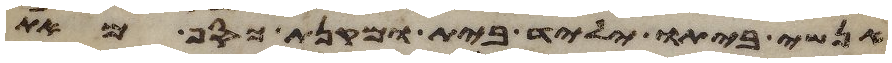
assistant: אנשי ביתו יליד בית ומקנת כסף מאת